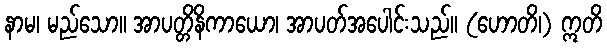
နာမ၊ မည်သော။ အာပတ္တိနိကာယော၊ အာပတ်အပေါင်းသည်။ (ဟောတိ၊) ဣတိ